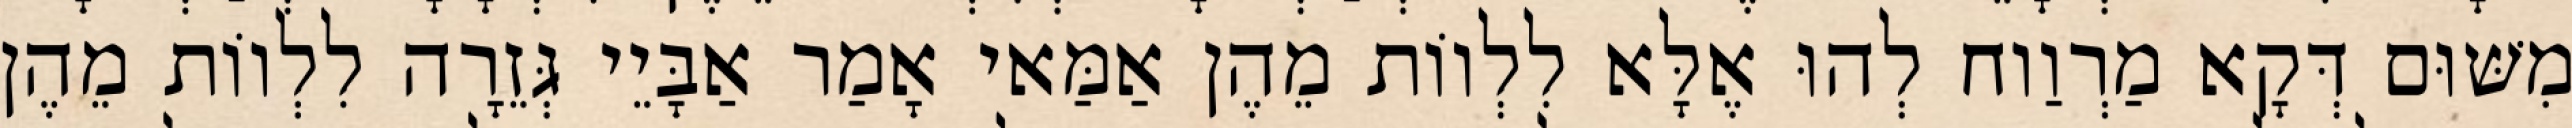
מִשּׁוּם דְּקָא מַרְוַוח לְהוּ אֶלָּא לִלְווֹת מֵהֶן אַמַּאי אָמַר אַבָּיֵי גְּזֵרָה לִלְווֹת מֵהֶן